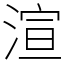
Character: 渲